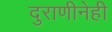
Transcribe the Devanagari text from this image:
दुराणीनेही